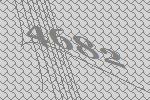
4682